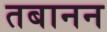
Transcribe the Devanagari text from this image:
तबानन